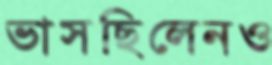
ভাসছিলেনও